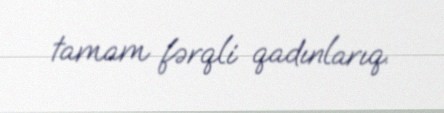
tamam fərqli qadınlarıq.